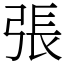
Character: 張